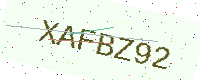
Text: XAFBZ92